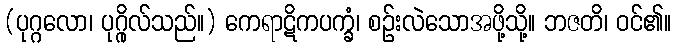
(ပုဂ္ဂလော၊ ပုဂ္ဂိုလ်သည်။) ကေရာဋိကပက္ခံ၊ စဉ်းလဲသောအဖို့သို့။ ဘဇတိ၊ ဝင်၏။